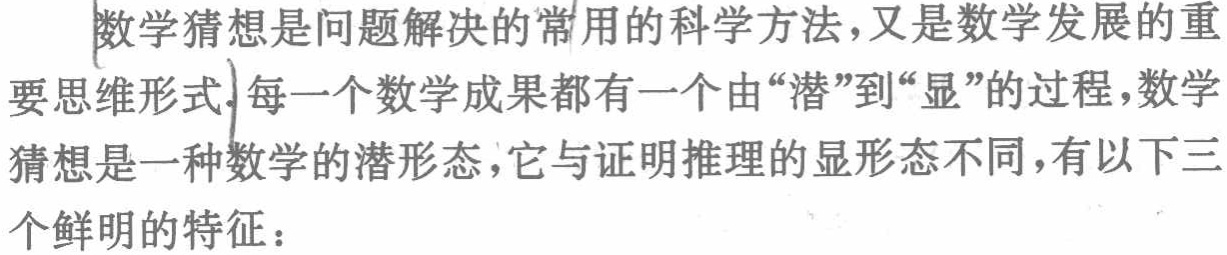
数学猜想是问题解决的常用的科学方法，又是数学发展的重要思维形式. 每一个数学成果都有一个由“潜”到“显”的过程，数学猜想是一种数学的潜形态，它与证明推理的显形态不同，有以下三个鲜明的特征：